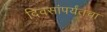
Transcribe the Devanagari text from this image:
दिवसांपर्यंतचा